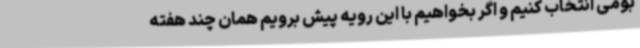
بومی انتخاب کنیم و اگر بخواهیم با این رویه پیش برویم همان چند هفته